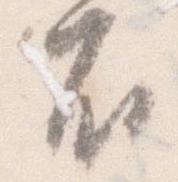
不